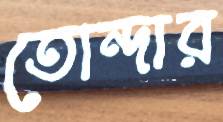
তোন্দার